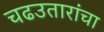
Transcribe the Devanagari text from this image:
चढउतारांचा